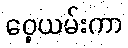
ဝှေ့ယမ်းကာ